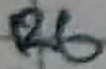
Text: R6